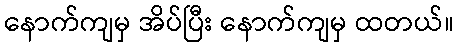
နောက်ကျမှ အိပ်ပြီး နောက်ကျမှ ထတယ်။